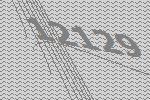
12129